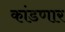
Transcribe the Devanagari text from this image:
कांडणार